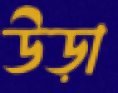
উড়া